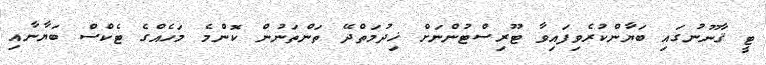
ޓީ ޤާނޫނުގައި ބަޔާންކުރެވިފައިވާ ޓޫރިސްޓުންނަށް ޚިދުމަތްދޭ ތަންތަނުން ކޮންމެ މަހެއްގެ ޓެކްސް ބަޔާނާއި